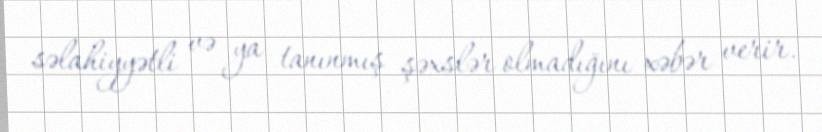
səlahiyyətli və ya tanınmış şəxslər olmadığını xəbər verir.